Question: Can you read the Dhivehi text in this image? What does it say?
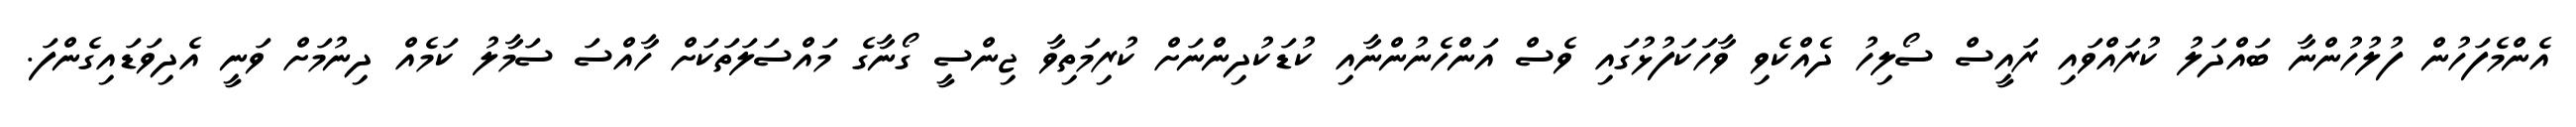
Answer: އެންމެފަހުން ފުލުހުންނާ ބައްދަލު ކުރައްވައި ރައީސް ސޯލިހު ދެއްކެވި ވާހަކަފުޅުގައި ވެސް އަންހެނުންނާއި ކުޑަކުދިންނަށް ކުރިމަތިވާ ޖިންސީ ގޯނާގެ މައްސަލަތަކަށް ހާއްސަ ސަމާލު ކަމެއް ދިނުމަށް ވަނީ އެދިވަޑައިގެންފަ.